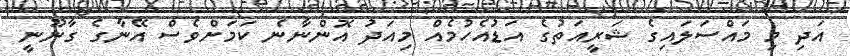
އަދި މި މައްސަލައިގެ ޝަރީއަތުގެ އަޑުއެހުމެއް މިއަދު އޮންނާނެ ކަަމަށްވެސް އޭނާގެ ގާނޫނީ